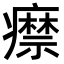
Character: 𤻎